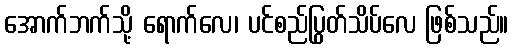
အောက်ဘက်သို့ ရောက်လေ၊ ပင်စည်ပြွတ်သိပ်လေ ဖြစ်သည်။